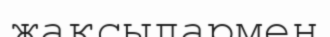
жақсылармен